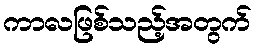
ကာလဖြစ်သည့်အတွက်